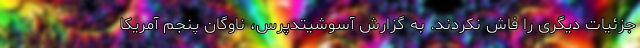
جزئیات دیگری را فاش نکردند. به گزارش آسوشیتدپرس، ناوگان پنجم آمریکا